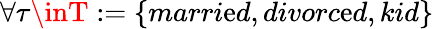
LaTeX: \forall\tau\inT:=\{ marri\mathrm{e}d,divorc\mathrm{e}d,kid\}